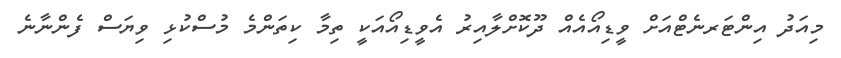
މިއަދު އިންޓަރނެޓްއަށް ވީޑިއޯއެއް ދޫކޮށްލާއިރު އެވީޑިއޯއަކީ ތިމާ ކިތަންމެ މުސްކުޅި ވިޔަސް ފެންނާނެ